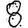
Digit: 8